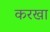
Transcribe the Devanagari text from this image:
करखा